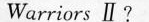
Warriors ll?